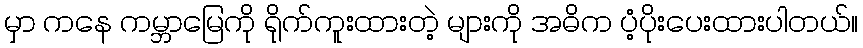
မှာ ကနေ ကမ္ဘာမြေကို ရိုက်ကူးထားတဲ့ များကို အဓိက ပံ့ပိုးပေးထားပါတယ်။